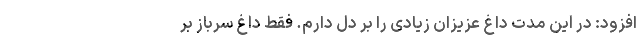
افزود: در این مدت داغ عزیزان زیادی را بر دل دارم. فقط داغ سرباز بر